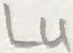
Text: L4